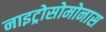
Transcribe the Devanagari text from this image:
नाइट्रोसोमोनास